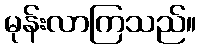
မုန်းလာကြသည်။